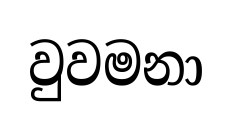
වුවමනා